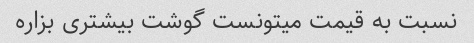
نسبت به قیمت میتونست گوشت بیشتری بزاره